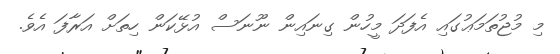
މި މުޖުތަމަޢުގައި އެފަދަ މީހުން ގިނައިން ނޫނަސް އުޅޭކަން ހިތަށް އަރާފަ އެވެ.